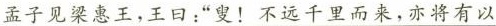
孟子见梁惠王，王曰：”叟！不远千里而来，亦将有以